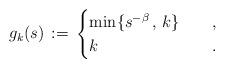
LaTeX: \begin{align*}g_{k}(s)\,:=\,\begin{cases}\min\{s^{-\beta}\,,\,k\}\qquad,\\k\qquad\qquad\quad\qquad.\end{cases}\end{align*}